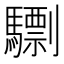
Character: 𩦠